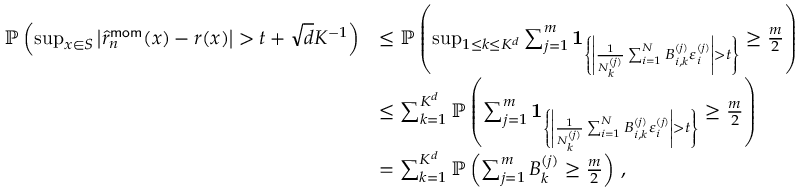
\begin{array} { r l } { \mathbb P \left( \operatorname* { s u p } _ { x \in S } \left| \widehat { r } _ { n } ^ { \mathsf { m o m } } ( x ) - r ( x ) \right| > t + \sqrt { d } K ^ { - 1 } \right) } & { \leq \mathbb P \left( \operatorname* { s u p } _ { 1 \leq k \leq K ^ { d } } \sum _ { j = 1 } ^ { m } { \mathbf { 1 } } _ { \left\{ \left| \frac { 1 } { N _ { k } ^ { ( j ) } } \sum _ { i = 1 } ^ { N } B _ { i , k } ^ { ( j ) } \varepsilon _ { i } ^ { ( j ) } \right| > t \right\} } \geq \frac { m } { 2 } \right) } \\ & { \leq \sum _ { k = 1 } ^ { K ^ { d } } \mathbb P \left( \sum _ { j = 1 } ^ { m } { \mathbf { 1 } } _ { \left\{ \left| \frac { 1 } { N _ { k } ^ { ( j ) } } \sum _ { i = 1 } ^ { N } B _ { i , k } ^ { ( j ) } \varepsilon _ { i } ^ { ( j ) } \right| > t \right\} } \geq \frac { m } { 2 } \right) } \\ & { = \sum _ { k = 1 } ^ { K ^ { d } } \mathbb P \left( \sum _ { j = 1 } ^ { m } B _ { k } ^ { ( j ) } \geq \frac { m } { 2 } \right) \, , } \end{array}